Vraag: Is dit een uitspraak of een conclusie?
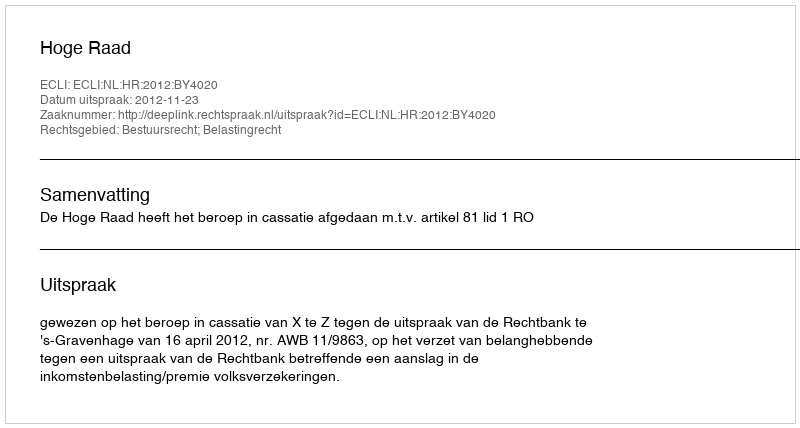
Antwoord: Uitspraak